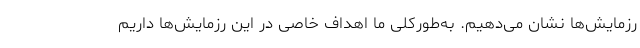
رزمایش‌ها نشان می‌دهیم. به‌طورکلی ما اهداف خاصی در این رزمایش‌ها داریم